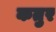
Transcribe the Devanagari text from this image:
कतुर